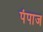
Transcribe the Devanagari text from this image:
पंपाज